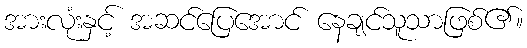
အားလုံးနှင့် အဆင်ပြေအောင် နေချင်သူသာဖြစ်၏။